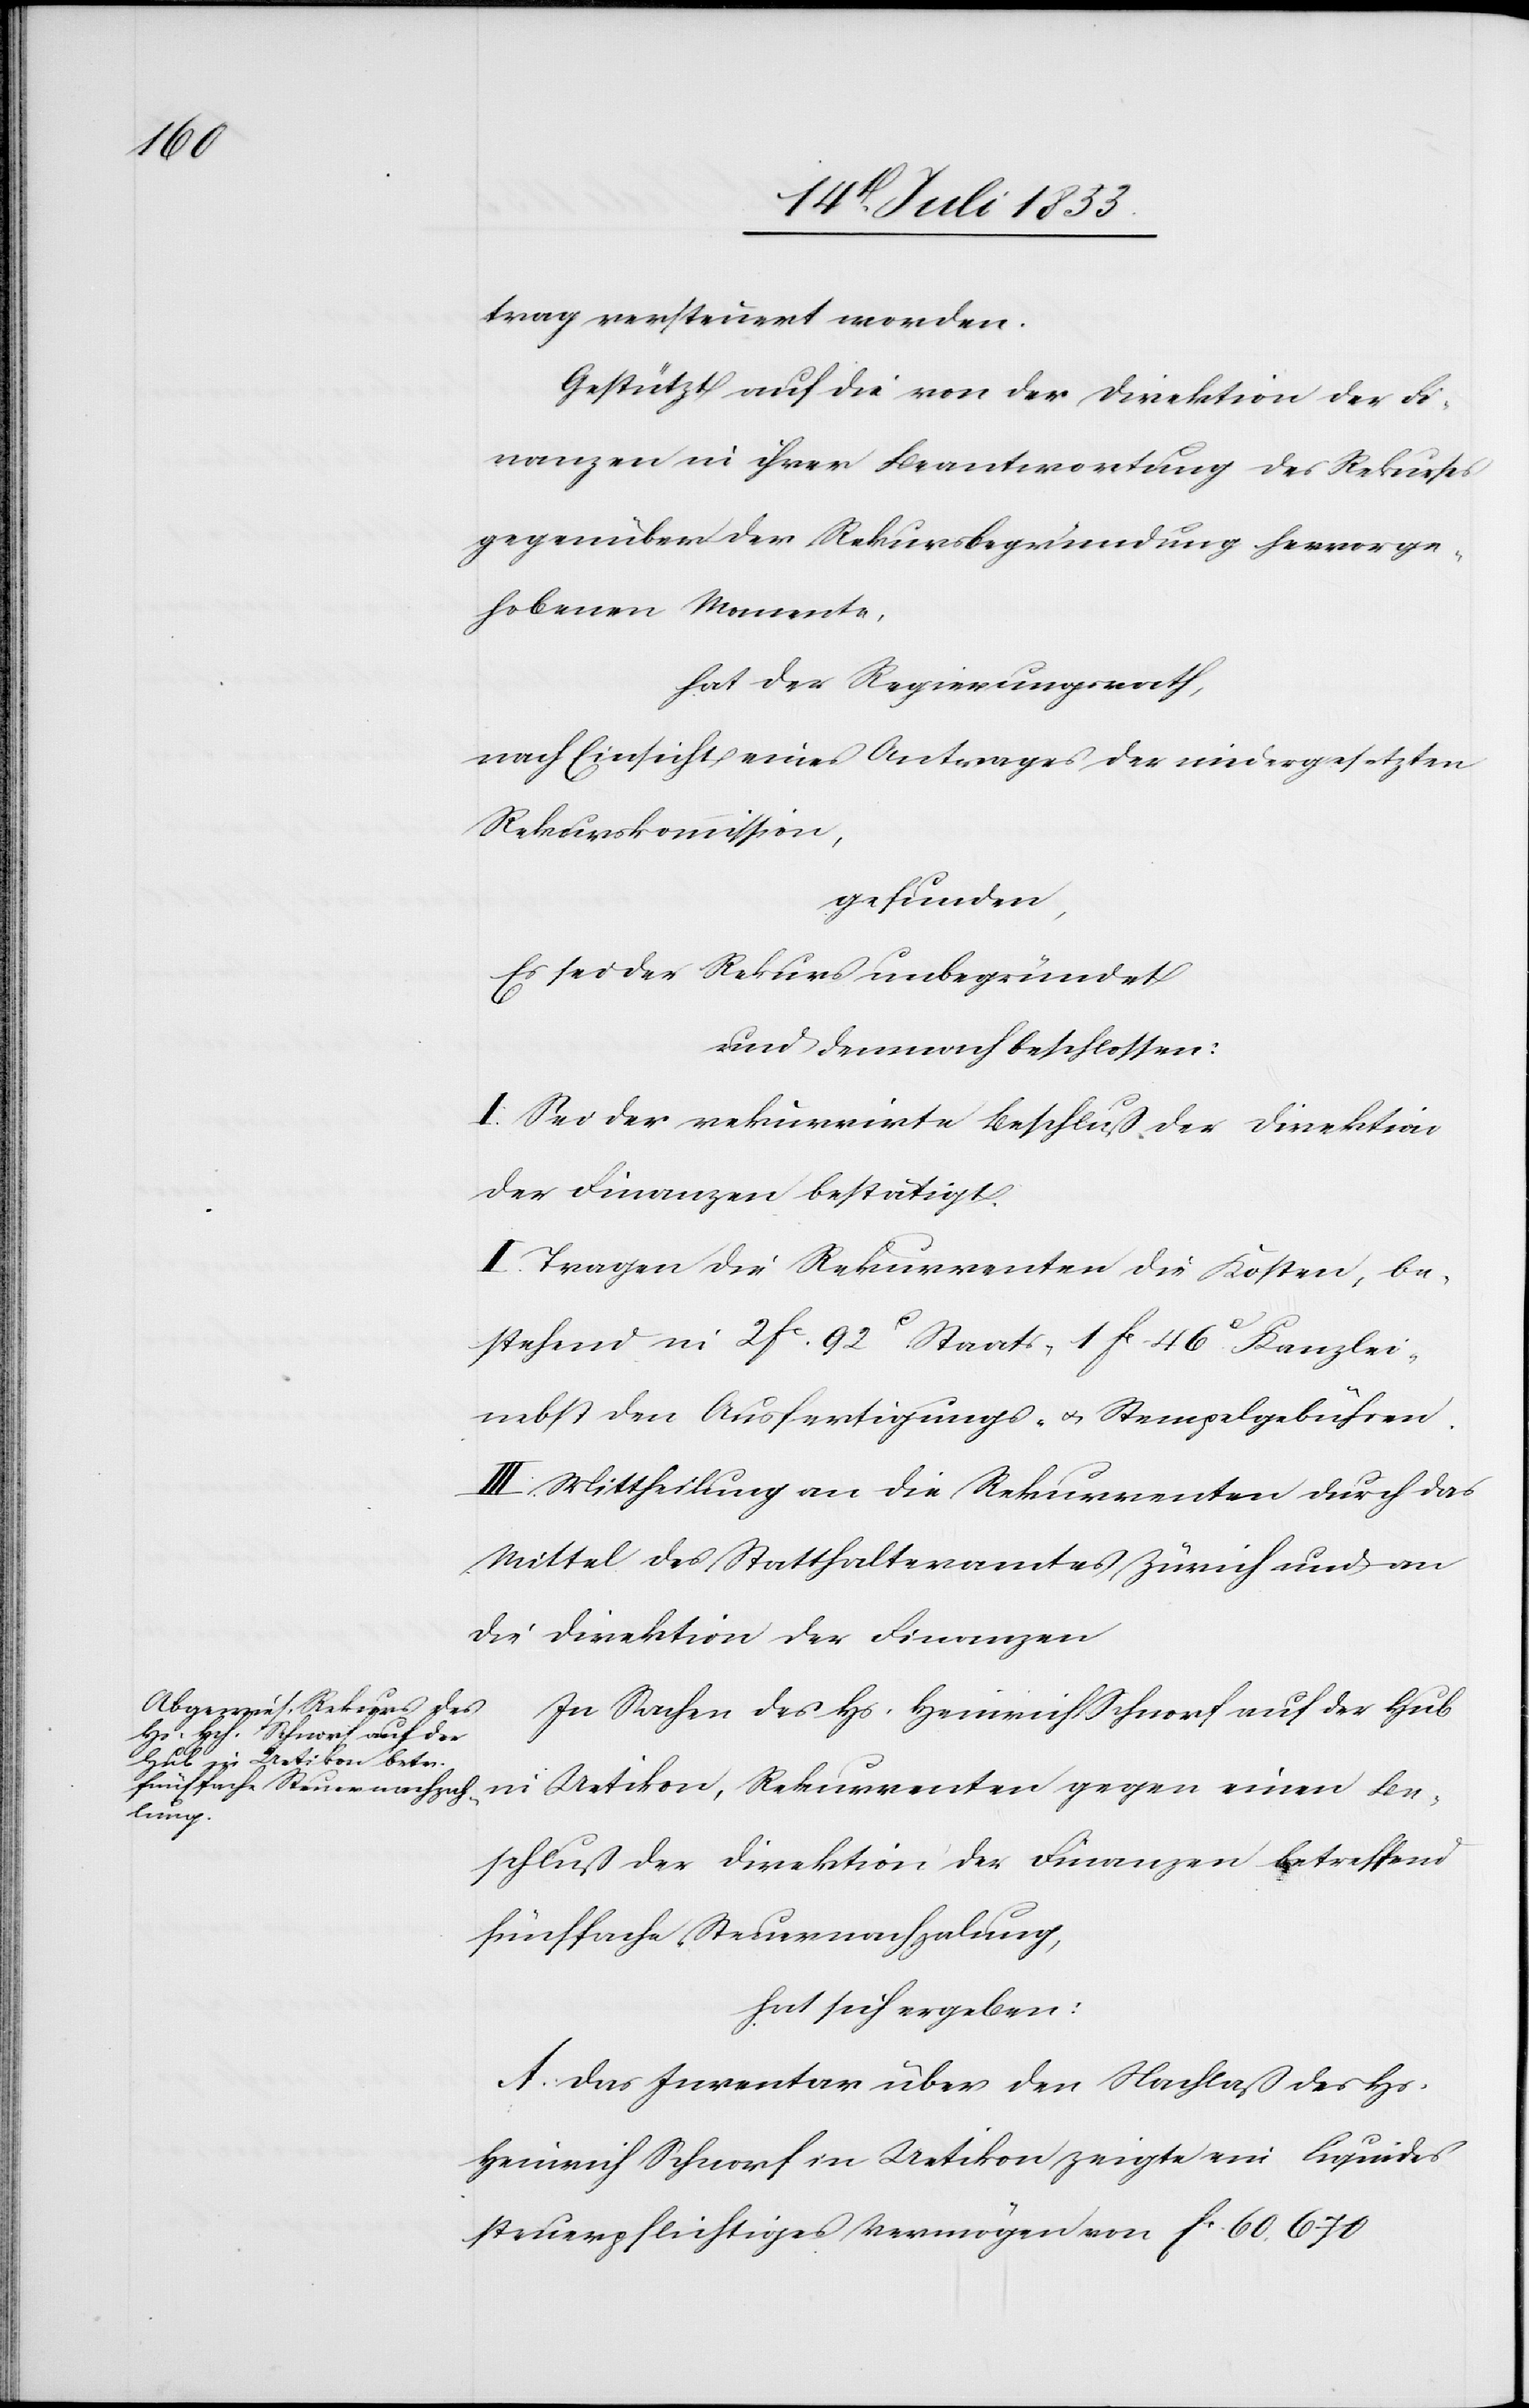
trag versteuert worden.
Gestützt auf die von der Direktion der Fi¬
nanzen in ihrer Beantwortung des Rekurses
gegenüber der Rekursbegründung hervorge¬
hobenenen Momente,
hat der Regierungsrath,
nach Einsicht eines Antrages der niedergesetzten
Rekurskommission,
gefunden,
Es sei der Rekurs unbegründet
und demnach beschlossen:
I. Sei der rekurrirte Beschluß der Direktion
der Finanzen bestätigt.
II. Tragen die Rekurrenten die Kosten, be¬
stehend in 2 fc 92c Staats- 1 fc 46c Kanzlei-
nebst den Ausfertigungs- u. Stempelgebühren.
III. Mittheilung an die Rekurrenten durch das
Mittel des Statthalteramtes Zürich und an
die Direktion der Finanzen.
In Sachen des Hs. Heinrich Schnorf auf der Hub
in Uetikon, Rekurrenten gegen einen Be¬
schluß der Direktion der Finanzen betreffend
fünffache Steuernachzalung,
hat sich ergeben:
A. Das Inventar über den Nachlaß des Hs.
Heinrich Schnorf in Uetikon zeigt ein liquides
steuerpflichtiges Vermögen von			frs 60 670